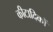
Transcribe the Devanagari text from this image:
कीटादिकों